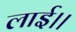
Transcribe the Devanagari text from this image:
लाई।।